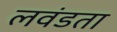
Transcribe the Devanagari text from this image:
लवंडता